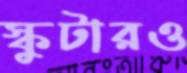
স্কুটারও